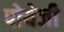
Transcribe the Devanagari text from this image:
पोयेजी